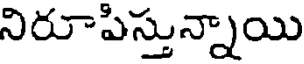
నిరూపిస్తున్నాయి